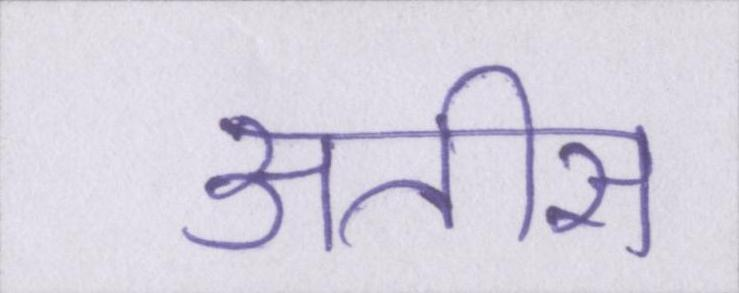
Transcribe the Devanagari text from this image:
अतीस